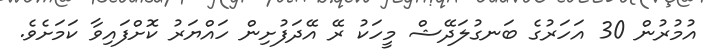
އުމުރުން 30 އަހަރުގެ ބަނގުލަދޭޝް މީހަކު ރޭ އޭދަފުށިން ހައްޔަރު ކޮށްފައިވާ ކަމަށެވެ.